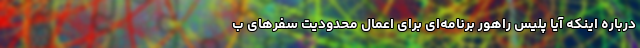
درباره اینکه آیا پلیس راهور برنامه‌ای برای اعمال محدودیت سفرهای ب